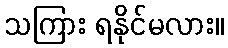
သကြား ရနိုင်မလား။